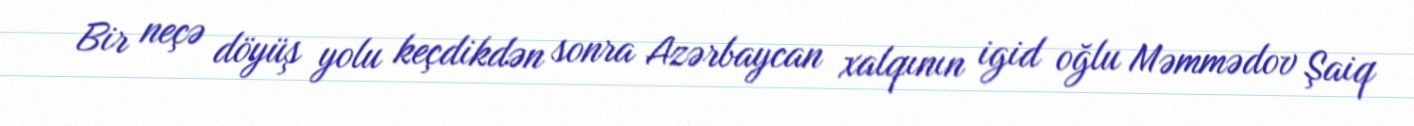
Bir neçə döyüş yolu keçdikdən sonra Azərbaycan xalqının igid oğlu Məmmədov Şaiq